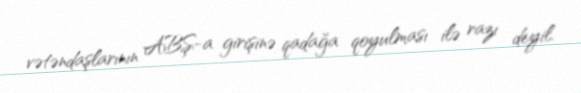
vətəndaşlarının ABŞ-a girişinə qadağa qoyulması ilə razı deyil.